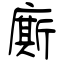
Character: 廝